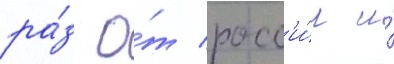
ра́з о́т росс'и́и и́